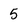
Character: 5